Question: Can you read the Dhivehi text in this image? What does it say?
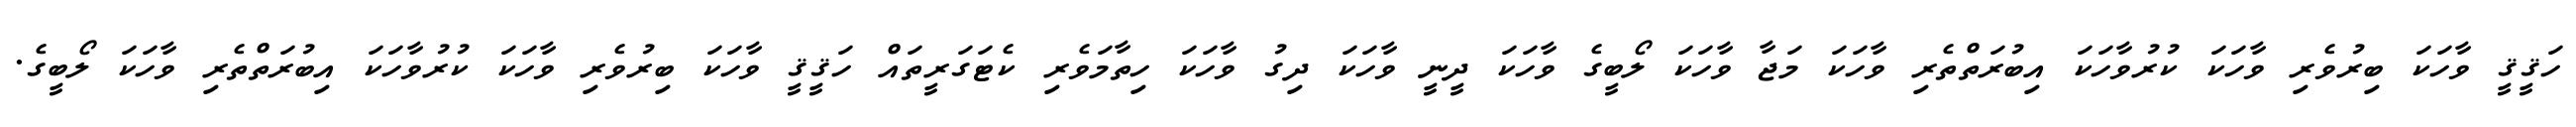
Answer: ހަޤީޤީ ވާހަކަ ބިރުވެރި ވާހަކަ ކުރުވާހަކަ އިބުރަތްތެރި ވާހަކަ މަޖާ ވާހަކަ ލޯބީގެ ވާހަކަ ދީނީ ވާހަކަ ދިގު ވާހަކަ ހިތާމަވެރި ކެޓަގަރީތައް ހަޤީޤީ ވާހަކަ ބިރުވެރި ވާހަކަ ކުރުވާހަކަ އިބުރަތްތެރި ވާހަކަ ލޯބީގެ.